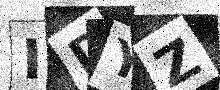
Text: IDYZ